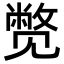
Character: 𬢓